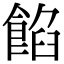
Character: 餡